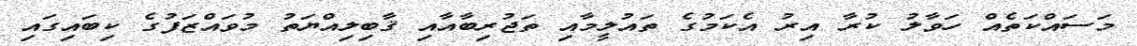
މަސައްކަތެއް ހަވާލު ކުރާ އިރު އެކަމުގެ ތައުލީމާއި ތަޖުރިިބާއާއި ޤާބިލިއްޔަތު މުވައްޒަފުގެ ކިބައިގައި